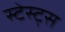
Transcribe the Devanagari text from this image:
स्टेस्ट्स